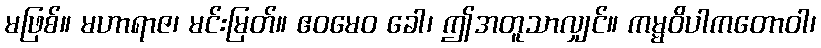
မဖြစ်။ မဟာရာဇ၊ မင်းမြတ်။ ဧဝမေဝ ခေါ၊ ဤအတူသာလျှင်။ ကမ္မဝိပါကတောဝါ၊